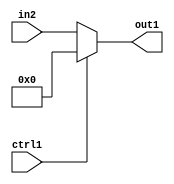
`timescale 1ps / 1ps
/*****************************************************************************
    Verilog RTL Description
    
    
    Created by: Stratus DpOpt 2019.1.01 
*******************************************************************************/

module st_weight_addr_gen_Muxi0u16u1_4_14 (
	in2,
	ctrl1,
	out1
	); /* architecture "behavioural" */ 
input [15:0] in2;
input  ctrl1;
output [15:0] out1;
wire [15:0] asc001;

reg [15:0] asc001_tmp_0;
assign asc001 = asc001_tmp_0;
always @ (ctrl1 or in2) begin
	case (ctrl1)
		1'B1 : asc001_tmp_0 = 16'B0000000000000000 ;
		default : asc001_tmp_0 = in2 ;
	endcase
end

assign out1 = asc001;
endmodule

/* CADENCE  uLjxSg4= : u9/ySgnWtBlWxVPRXgAZ4Og= ** DO NOT EDIT THIS LINE ******/